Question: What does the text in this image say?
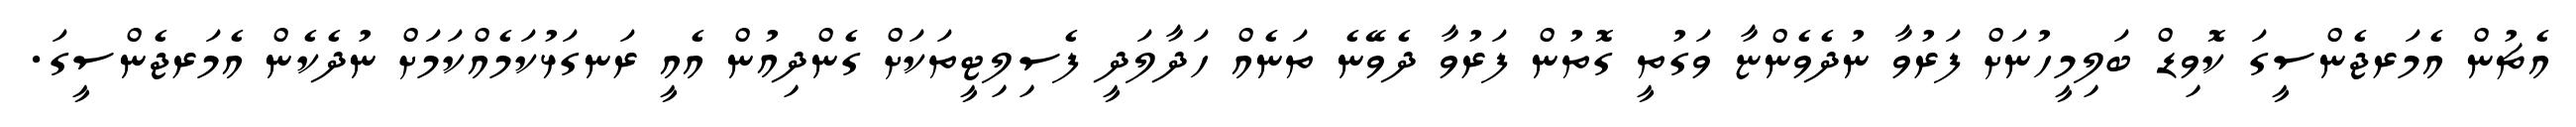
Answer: އެޗުން އެމަރޖެންސީގަ ކޮވިޑް ބަލިމީހުނަށް ފަރުވާ ނުދެވެންޏާ ވަގުތީ ގޮތުން ފަރުވާ ދެވޭނެ ތަނެއް ހަދާލަދީ ފެސިލިޓީތަކަށް ގެންދިއުން އެއީ ރަނގަޅުކަމެއްކަމަށް ނުދެކެން އެމަރޖެންސީގަ.